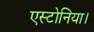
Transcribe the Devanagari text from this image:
एस्टोनिया।